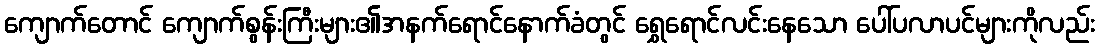
ကျောက်တောင် ကျောက်စွန်းကြီးများ၏အနက်ရောင်နောက်ခံတွင် ရွှေရောင်လင်းနေသော ပေါ်ပလာပင်များကိုလည်း